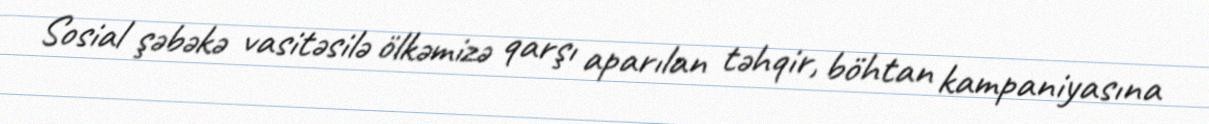
Sosial şəbəkə vasitəsilə ölkəmizə qarşı aparılan təhqir, böhtan kampaniyasına